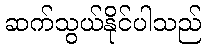
ဆက်သွယ်နိုင်ပါသည်